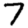
Digit: 7